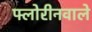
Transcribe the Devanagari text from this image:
फ्लोरीनवाले